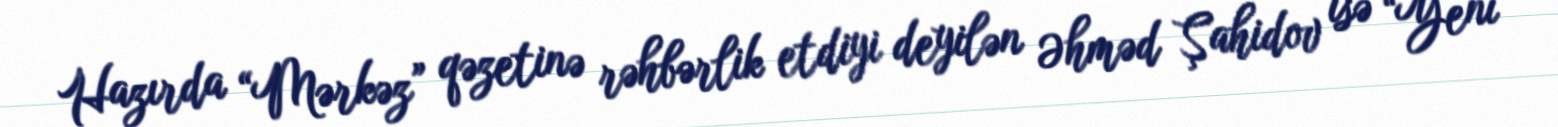
Hazırda “Mərkəz” qəzetinə rəhbərlik etdiyi deyilən Əhməd Şahidov isə “Yeni